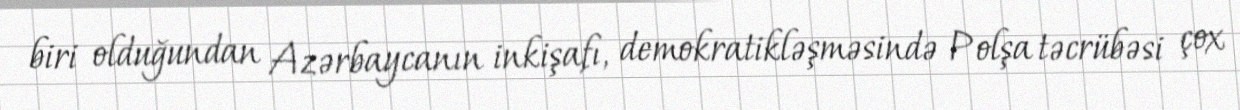
biri olduğundan Azərbaycanın inkişafı, demokratikləşməsində Polşa təcrübəsi çox